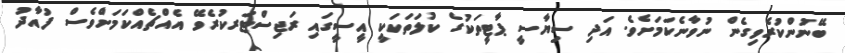
ބޭނުންކުރެވިގެން ނުވާނެކަމަށެވެ. އަދި ސިޔާސީ ޕާޓީތަކުގެ ކުލަތަކަކީ އީސީގައި ރަޖިސްޓަރކުރެވޭ އެއްޗެއްކަަމަށްވެސް ފުއާދު